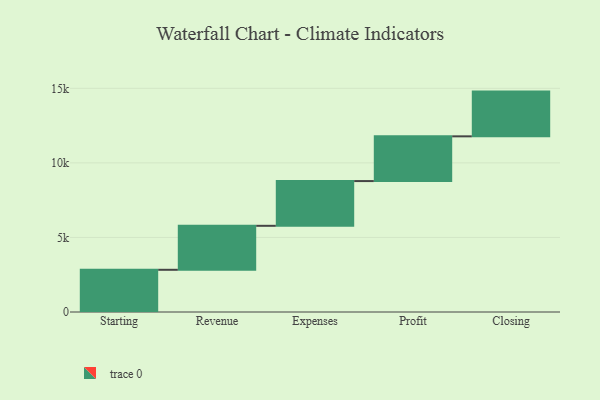
{"axis": {"x": "Step", "y": "Value"}, "legend": [""], "data": [{"x": "Starting", "y": 2830.0, "type": ""}, {"x": "Revenue", "y": 2950.0, "type": ""}, {"x": "Expenses", "y": 3000, "type": ""}, {"x": "Profit", "y": 3000, "type": ""}, {"x": "Closing", "y": 3000, "type": ""}]}